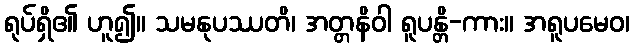
ရုပ်ရှိ၏ ဟူ၍။ သမနုပဿတိ၊ အတ္တနိဝါ ရူပန္တိ-ကား။ အရူပမေဝ၊